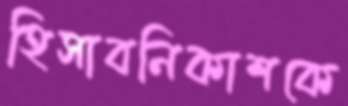
হিসাবনিকাশকে